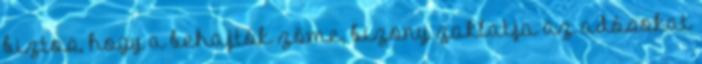
biztos, hogy a behajtók zöme, bizony zaklatja az adósokat